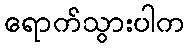
ရောက်သွားပါက